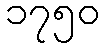
၁၇၅၀